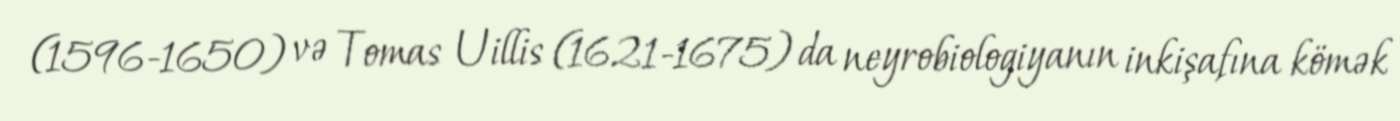
(1596-1650) və Tomas Uillis (1621-1675) da neyrobiologiyanın inkişafına kömək